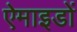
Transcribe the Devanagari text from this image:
ऐमाइडों